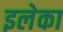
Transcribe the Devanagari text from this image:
इलेका